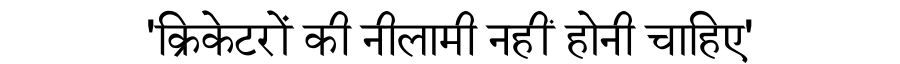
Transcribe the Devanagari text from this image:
'क्रिकेटरों की नीलामी नहीं होनी चाहिए'